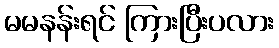
မမနန်းရင် ကြားပြီးပလား